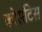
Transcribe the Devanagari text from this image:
कोसटिस